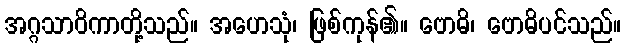
အဂ္ဂသာဝိကာတို့သည်။ အဟေသုံ၊ ဖြစ်ကုန်၏။ ဗောဓိ၊ ဗောဓိပင်သည်။